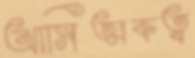
আসিত্মকত্ব